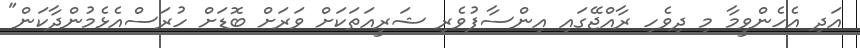
އަދި އެހެންވީމާ މި ދިވެހި ރާއްޖޭގައި އިންސާފުވެރި ޝަރީއަތަކަށް ވަރަށް ބޮޑަށް ހުރަސްއެޅެމުންދާކަން"